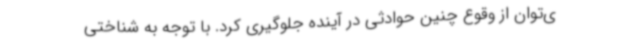
ی‌توان از وقوع چنین حوادثی در آینده جلوگیری کرد. با توجه به شناختی